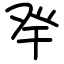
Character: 癷